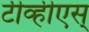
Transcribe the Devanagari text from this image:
टीव्हीएस्